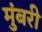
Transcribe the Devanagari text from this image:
मुंबरी